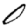
Digit: 0